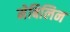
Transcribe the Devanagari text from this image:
मेबिलिन